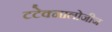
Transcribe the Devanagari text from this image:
टटेक्नालोजीज